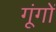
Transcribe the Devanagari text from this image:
गूंगों